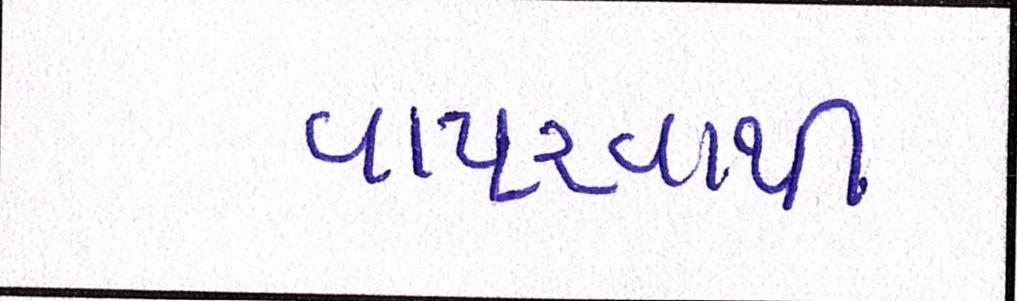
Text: વાપરવાથી